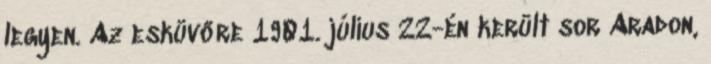
legyen. Az esküvőre 1901. július 22-én került sor Aradon,